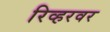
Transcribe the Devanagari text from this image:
रिव्हरवर